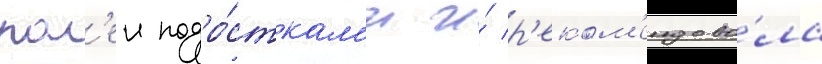
рол'еи подро́сткам'и и́ р'еком'ендова́ла